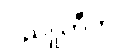
ဝိညူဟီတိ